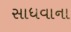
સાધવાના